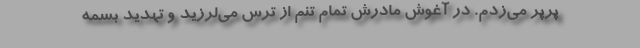
پَرپَر می‌زدم. در آغوش مادرش تمام تنم از ترس می‌لرزید و تهدید بسمه